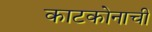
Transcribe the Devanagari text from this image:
काटकोनाची